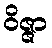
ဝိဇ္ဇာ